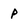
Character: p